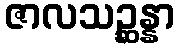
ဇာလသဉ္ဆန္နာ